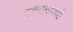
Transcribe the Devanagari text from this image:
पुत्ररागांमध्ये